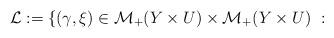
LaTeX: \begin{align*}\mathcal{L}:= \{(\gamma , \xi)\in {\cal M}_+(Y\times U)\times {\cal M}_+(Y\times U) \ :\end{align*}